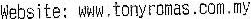
WEBSITE: WWW,TONYROMAS.COM.MY